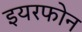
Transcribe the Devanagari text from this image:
इयरफोन